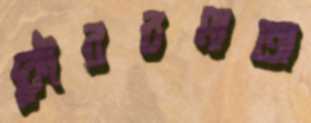
কৌরবমাতা